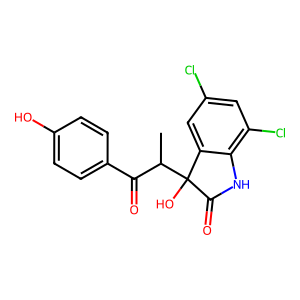
SMILES: CC(C(=O)c1ccc(O)cc1)C1(O)C(=O)Nc2c(Cl)cc(Cl)cc21
Inhibits HIV replication: No